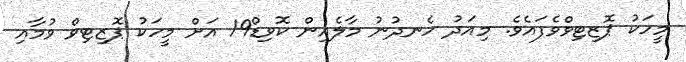
މީހަކު ޕޮޒިޓިވްވެފައެވެ. މިއަދު ހެނދުނު މާލެއިން ކޮވިޑް19 އަށް މީހަކު ޕޮޒިޓިވް ވުމާއި